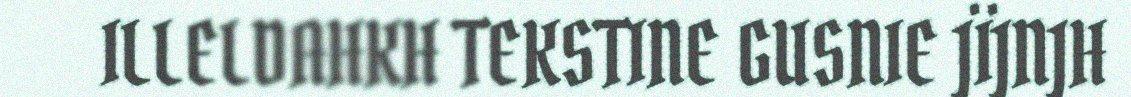
ILLELDAHKH TEKSTINE GUSNIE JÏJNJH